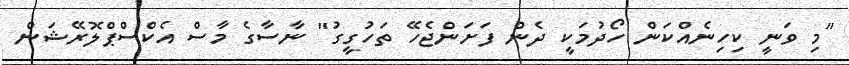
"މި ވަނީ ކިހިނެއްކަން ހޯދުމަކީ ދެން ފަށަންޖެހޭ ތަހުގީގު" ނާސާގެ މާސް އެކްސްޕްލޮރޭޝަން